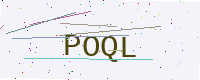
Text: POQL